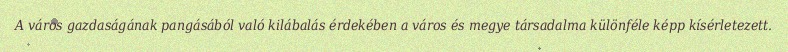
A város gazdaságának pangásából való kilábalás érdekében a város és megye társadalma különféle képp kísérletezett.